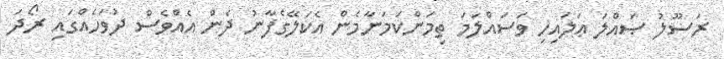
ރަސޫލު ޞައްލަ ޢަލައިހި ވަސައްލަމަ ތިމަންކަމަނާމެން އެކަލޭގެފާނު ދެން އެއްވެސް ދުވަހެއްގައި ރޯދަ